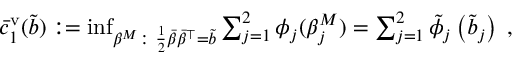
\begin{array} { r } { \bar { c } _ { 1 } ^ { \mathrm { v } } ( \tilde { b } ) : = \operatorname* { i n f } _ { \beta ^ { M } \colon \frac 1 2 \bar { \beta } \bar { \beta } ^ { \top } = \tilde { b } } \sum _ { j = 1 } ^ { 2 } \phi _ { j } ( \beta _ { j } ^ { M } ) = \sum _ { j = 1 } ^ { 2 } \tilde { \phi } _ { j } \left( \tilde { b } _ { j } \right) \; , } \end{array}